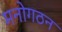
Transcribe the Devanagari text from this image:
मनोगठन